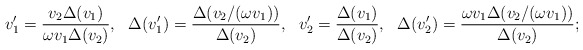
\begin{align*}v'_1 = \frac{v_2\Delta (v_1)}{\omega v_1\Delta (v_2)},~~\Delta (v'_1)=\frac{\Delta (v_2/(\omega v_1))}{\Delta (v_2)},~~v'_2=\frac{\Delta (v_1)}{\Delta (v_2)},~~\Delta(v'_2)=\frac{\omega v_1\Delta(v_2/(\omega v_1))}{\Delta(v_2)};\end{align*}